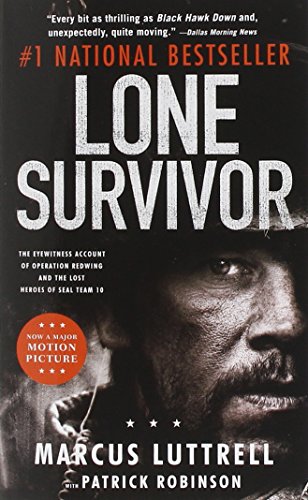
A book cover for Lone Survivor: The Eyewitness Account of Operation Redwing and the Lost Heroes of SEAL Team 10; Marcus Luttrell; Biographies & Memoirs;